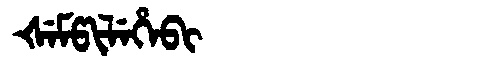
Manchu: ᡧᡝᠮᡦᡳᠯᡝᡥᡝᠪᡳ
Romanization: ŠEMPILEHEBI